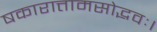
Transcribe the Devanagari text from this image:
षकारात्तामसोद्भवः।